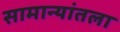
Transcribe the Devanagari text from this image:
सामान्यांतला